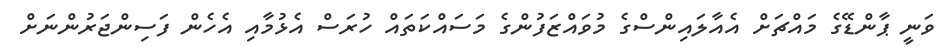
ވަނީ ޕާންޑޭގެ މައްޗަށް އެއާލައިންސްގެ މުވައްޒަފުންގެ މަސައްކަތައް ހުރަސް އެޅުމާއި އެހެން ފަސިންޖަރުންނަށް